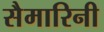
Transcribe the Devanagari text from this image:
सैमारिनी